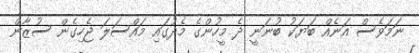
ނަމަވެސް އަނެއް ބަޔަކު ބުނަނީ ދެ މީހުންގެ މެދުގައި މައްސަލަ ޖެހިގެން ސުޒާން